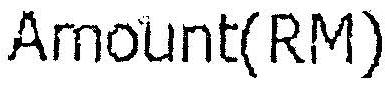
AMOUNT(RM)